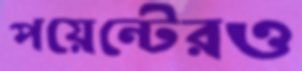
পয়েন্টেরও